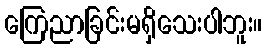
ကြေညာခြင်းမရှိသေးပါဘူး။